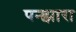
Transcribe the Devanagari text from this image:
पन्झारा